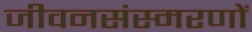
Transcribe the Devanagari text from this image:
जीवनसंस्मरणों